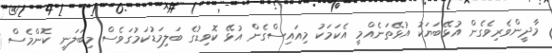
މާދީންވެރިވެގެން އުޅޭބަޔަކު އުޅޭތަނެއްމީ އެކަމަކު މިއައިސްގެން އުޅޭ ކޮވިޑުގެ ބަލިމަޑުކަމުގަވެސް މިބަލަނީ ކޮންމެސް